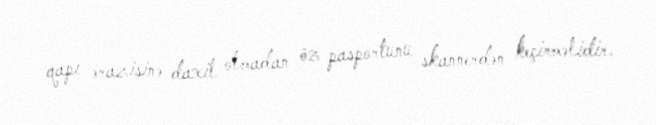
qapı ərazisinə daxil olmadan öz pasportunu skannerdən keçirməlidir.